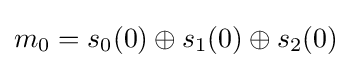
m_{0}=s_{0}(0)\oplus s_{1}(0)\oplus s_{2}(0)